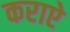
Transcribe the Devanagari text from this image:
कराऐ